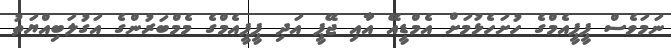
ނަމަވެސް ޕީޕީއެމްގެ ހުށަހެޅުމަށް އެމްޑީއޭ އާއި ޖޭޕީ އަދި ޕީޕީއެމްގެ މެމްބަރުންގެ އަގުލަބިއްޔަތު